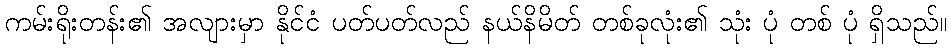
ကမ်းရိုးတန်း၏ အလျားမှာ နိုင်ငံ ပတ်ပတ်လည် နယ်နိမိတ် တစ်ခုလုံး၏ သုံး ပုံ တစ် ပုံ ရှိသည်။